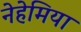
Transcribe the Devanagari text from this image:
नेहेमिया